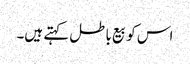
اس کو بیع باطل کہتے ہیں۔